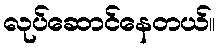
လုပ်ဆောင်နေတယ်။